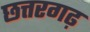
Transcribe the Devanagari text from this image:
छत्तरगढ़